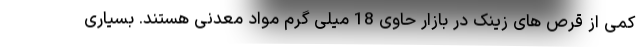
کمی از قرص های زینک در بازار حاوی 18 میلی گرم مواد معدنی هستند. بسیاری